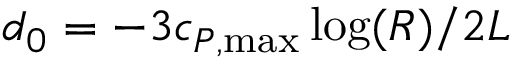
d _ { 0 } = - 3 c _ { P , { \operatorname* { m a x } } } \log ( R ) / 2 L